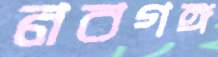
নবগঙ্গ